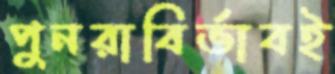
পুনরাবির্ভাবই